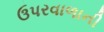
ઉપરવાળાની